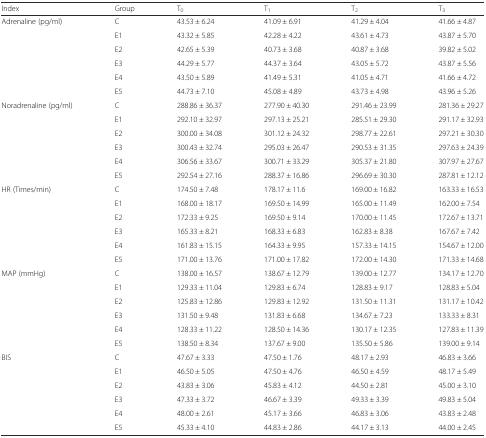
<table><thead><tr><td><b>Index</b></td><td><b>Group</b></td><td><b>T<sub>0</sub></b></td><td><b>T<sub>1</sub></b></td><td><b>T<sub>2</sub></b></td><td><b>T<sub>3</sub></b></td></tr></thead><tbody><tr><td rowspan="6">Adrenaline (pg/ml)</td><td>C</td><td>43.53 ± 6.24</td><td>41.09 ± 6.91</td><td>41.29 ± 4.04</td><td>41.66 ± 4.87</td></tr><tr><td>E1</td><td>43.32 ± 5.85</td><td>42.28 ± 4.22</td><td>43.61 ± 4.73</td><td>43.87 ± 5.70</td></tr><tr><td>E2</td><td>42.65 ± 5.39</td><td>40.73 ± 3.68</td><td>40.87 ± 3.68</td><td>39.82 ± 5.02</td></tr><tr><td>E3</td><td>44.29 ± 5.77</td><td>44.37 ± 3.64</td><td>43.05 ± 5.72</td><td>43.87 ± 5.56</td></tr><tr><td>E4</td><td>43.50 ± 5.89</td><td>41.49 ± 5.31</td><td>41.05 ± 4.71</td><td>41.66 ± 4.72</td></tr><tr><td>E5</td><td>44.73 ± 7.10</td><td>45.08 ± 4.89</td><td>43.73 ± 4.98</td><td>43.96 ± 5.26</td></tr><tr><td rowspan="6">Noradrenaline (pg/ml)</td><td>C</td><td>288.86 ± 36.37</td><td>277.90 ± 40.30</td><td>291.46 ± 23.99</td><td>281.36 ± 29.27</td></tr><tr><td>E1</td><td>292.10 ± 32.97</td><td>297.13 ± 25.21</td><td>285.51 ± 29.30</td><td>291.17 ± 32.93</td></tr><tr><td>E2</td><td>300.00 ± 34.08</td><td>301.12 ± 24.32</td><td>298.77 ± 22.61</td><td>297.21 ± 30.30</td></tr><tr><td>E3</td><td>300.43 ± 32.74</td><td>295.03 ± 26.47</td><td>290.53 ± 31.35</td><td>297.63 ± 24.39</td></tr><tr><td>E4</td><td>306.56 ± 33.67</td><td>300.71 ± 33.29</td><td>305.37 ± 21.80</td><td>307.97 ± 27.67</td></tr><tr><td>E5</td><td>292.54 ± 27.16</td><td>288.37 ± 16.86</td><td>296.69 ± 30.30</td><td>287.81 ± 12.12</td></tr><tr><td rowspan="6">HR (Times/min)</td><td>C</td><td>174.50 ± 7.48</td><td>178.17 ± 11.6</td><td>169.00 ± 16.82</td><td>163.33 ± 16.53</td></tr><tr><td>E1</td><td>168.00 ± 18.17</td><td>169.50 ± 14.99</td><td>165.00 ± 11.49</td><td>162.00 ± 7.54</td></tr><tr><td>E2</td><td>172.33 ± 9.25</td><td>169.50 ± 9.14</td><td>170.00 ± 11.45</td><td>172.67 ± 13.71</td></tr><tr><td>E3</td><td>165.33 ± 8.21</td><td>168.33 ± 6.83</td><td>162.83 ± 8.38</td><td>167.67 ± 7.42</td></tr><tr><td>E4</td><td>161.83 ± 15.15</td><td>164.33 ± 9.95</td><td>157.33 ± 14.15</td><td>154.67 ± 12.00</td></tr><tr><td>E5</td><td>171.00 ± 13.76</td><td>171.00 ± 17.82</td><td>172.00 ± 14.30</td><td>171.33 ± 14.68</td></tr><tr><td rowspan="6">MAP (mmHg)</td><td>C</td><td>138.00 ± 16.57</td><td>138.67 ± 12.79</td><td>139.00 ± 12.77</td><td>134.17 ± 12.70</td></tr><tr><td>E1</td><td>129.33 ± 11.04</td><td>129.83 ± 6.74</td><td>128.83 ± 9.17</td><td>128.83 ± 5.04</td></tr><tr><td>E2</td><td>125.83 ± 12.86</td><td>129.83 ± 12.92</td><td>131.50 ± 11.31</td><td>131.17 ± 10.42</td></tr><tr><td>E3</td><td>131.50 ± 9.48</td><td>131.83 ± 6.68</td><td>134.67 ± 7.23</td><td>133.33 ± 8.31</td></tr><tr><td>E4</td><td>128.33 ± 11.22</td><td>128.50 ± 14.36</td><td>130.17 ± 12.35</td><td>127.83 ± 11.39</td></tr><tr><td>E5</td><td>138.50 ± 8.34</td><td>137.67 ± 9.00</td><td>135.50 ± 5.86</td><td>139.00 ± 9.14</td></tr><tr><td rowspan="6">BIS</td><td>C</td><td>47.67 ± 3.33</td><td>47.50 ± 1.76</td><td>48.17 ± 2.93</td><td>46.83 ± 3.66</td></tr><tr><td>E1</td><td>46.50 ± 5.05</td><td>47.50 ± 4.76</td><td>46.50 ± 4.59</td><td>48.17 ± 5.49</td></tr><tr><td>E2</td><td>43.83 ± 3.06</td><td>45.83 ± 4.12</td><td>44.50 ± 2.81</td><td>45.00 ± 3.10</td></tr><tr><td>E3</td><td>47.33 ± 3.72</td><td>46.67 ± 3.39</td><td>49.33 ± 3.39</td><td>49.83 ± 5.04</td></tr><tr><td>E4</td><td>48.00 ± 2.61</td><td>45.17 ± 3.66</td><td>46.83 ± 3.06</td><td>43.83 ± 2.48</td></tr><tr><td>E5</td><td>45.33 ± 4.10</td><td>44.83 ± 2.86</td><td>44.17 ± 3.13</td><td>44.00 ± 2.45</td></tr></tbody></table>